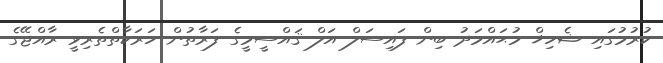
ކުރުމުގައި ޝެހިޚް މުޙައްމަދު ބިން ފައިސަލް އަލް ޤައްސީމީގެ ފަރާތުން ހަރަކާތްތެރިވީ ރާއްޖޭގެ